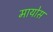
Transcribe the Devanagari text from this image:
मायोस